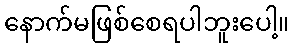
နောက်မဖြစ်စေရပါဘူးပေါ့။